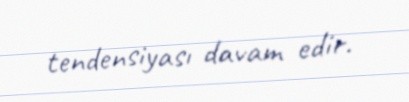
tendensiyası davam edir.